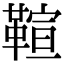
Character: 𩋢